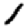
Digit: 1